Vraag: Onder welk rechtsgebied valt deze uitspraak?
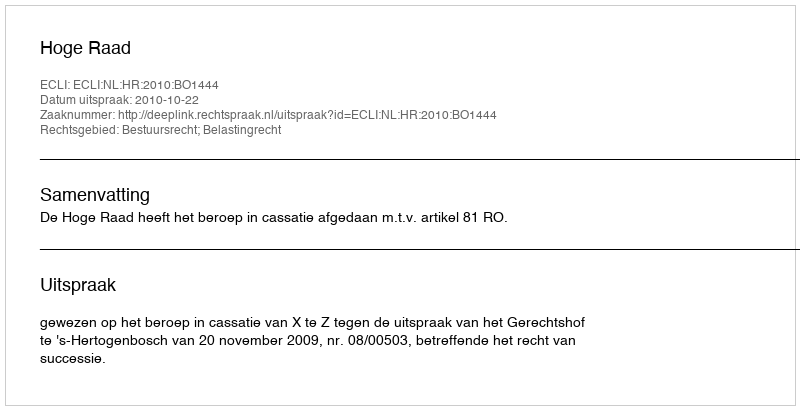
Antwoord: Bestuursrecht; Belastingrecht